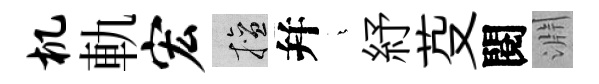
机軌宏擅幷燁紓芟閱淵